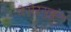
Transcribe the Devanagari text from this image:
वेसेऱ्युबुंग